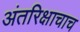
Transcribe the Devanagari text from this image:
अंतरिक्षाचाच